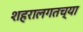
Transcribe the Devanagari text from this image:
शहरालगतच्या